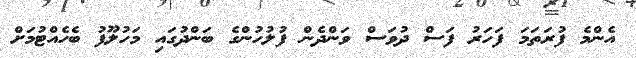
އެންމެ ފުރަތަމަ ފަހަރު ފަސް ދުވަސް ވަންދެން ފުލުހުންގެ ބަންދުގައި މަހުލޫފު ބެހެއްޓުމަށް